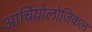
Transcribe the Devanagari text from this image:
आर्चियोलोजिकल